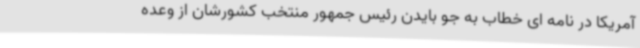
آمریکا در نامه ای خطاب به جو بایدن رئیس جمهور منتخب کشورشان از وعده